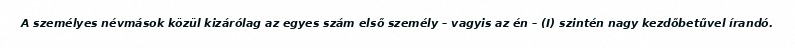
A személyes névmások közül kizárólag az egyes szám első személy – vagyis az én – (I) szintén nagy kezdőbetűvel írandó.